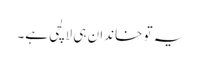
یہ تو خاندان ہی لالچی ہے۔